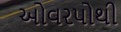
ઓવરપોથી